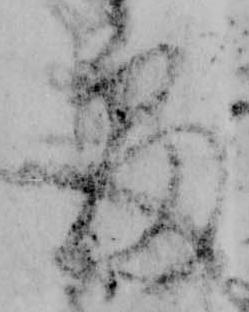
処